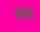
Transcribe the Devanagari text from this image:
अंख्या